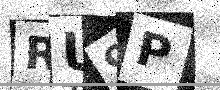
Text: RU9P